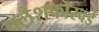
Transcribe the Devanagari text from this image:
फ्लैशफॉरवर्ड